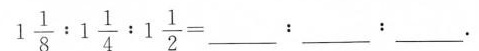
$$1 \frac { 1 } { 8 } ：1\frac{ 1 } { 4 } ：1 \frac{ 1 } { 2 } =___：___：___·$$